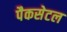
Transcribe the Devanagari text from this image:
पैकसेटल